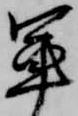
軍